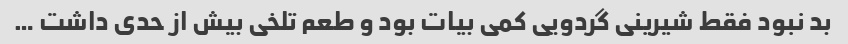
بد نبود فقط شیرینی گردویی کمی بیات بود و طعم تلخی بیش از حدی داشت …